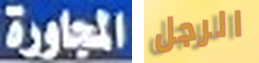
المجاورة الرجل